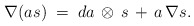
\begin{align*}\nabla (as)\;=\;da\,\otimes\,s\,+\,a\,\nabla s .\end{align*}